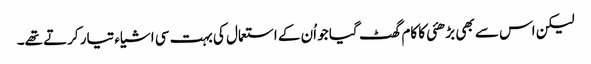
لیکن اس سے بھی بڑھئی کا کام گھٹ گیا جو اُن کے استعمال کی بہت سی اشیاء تیار کرتے تھے۔